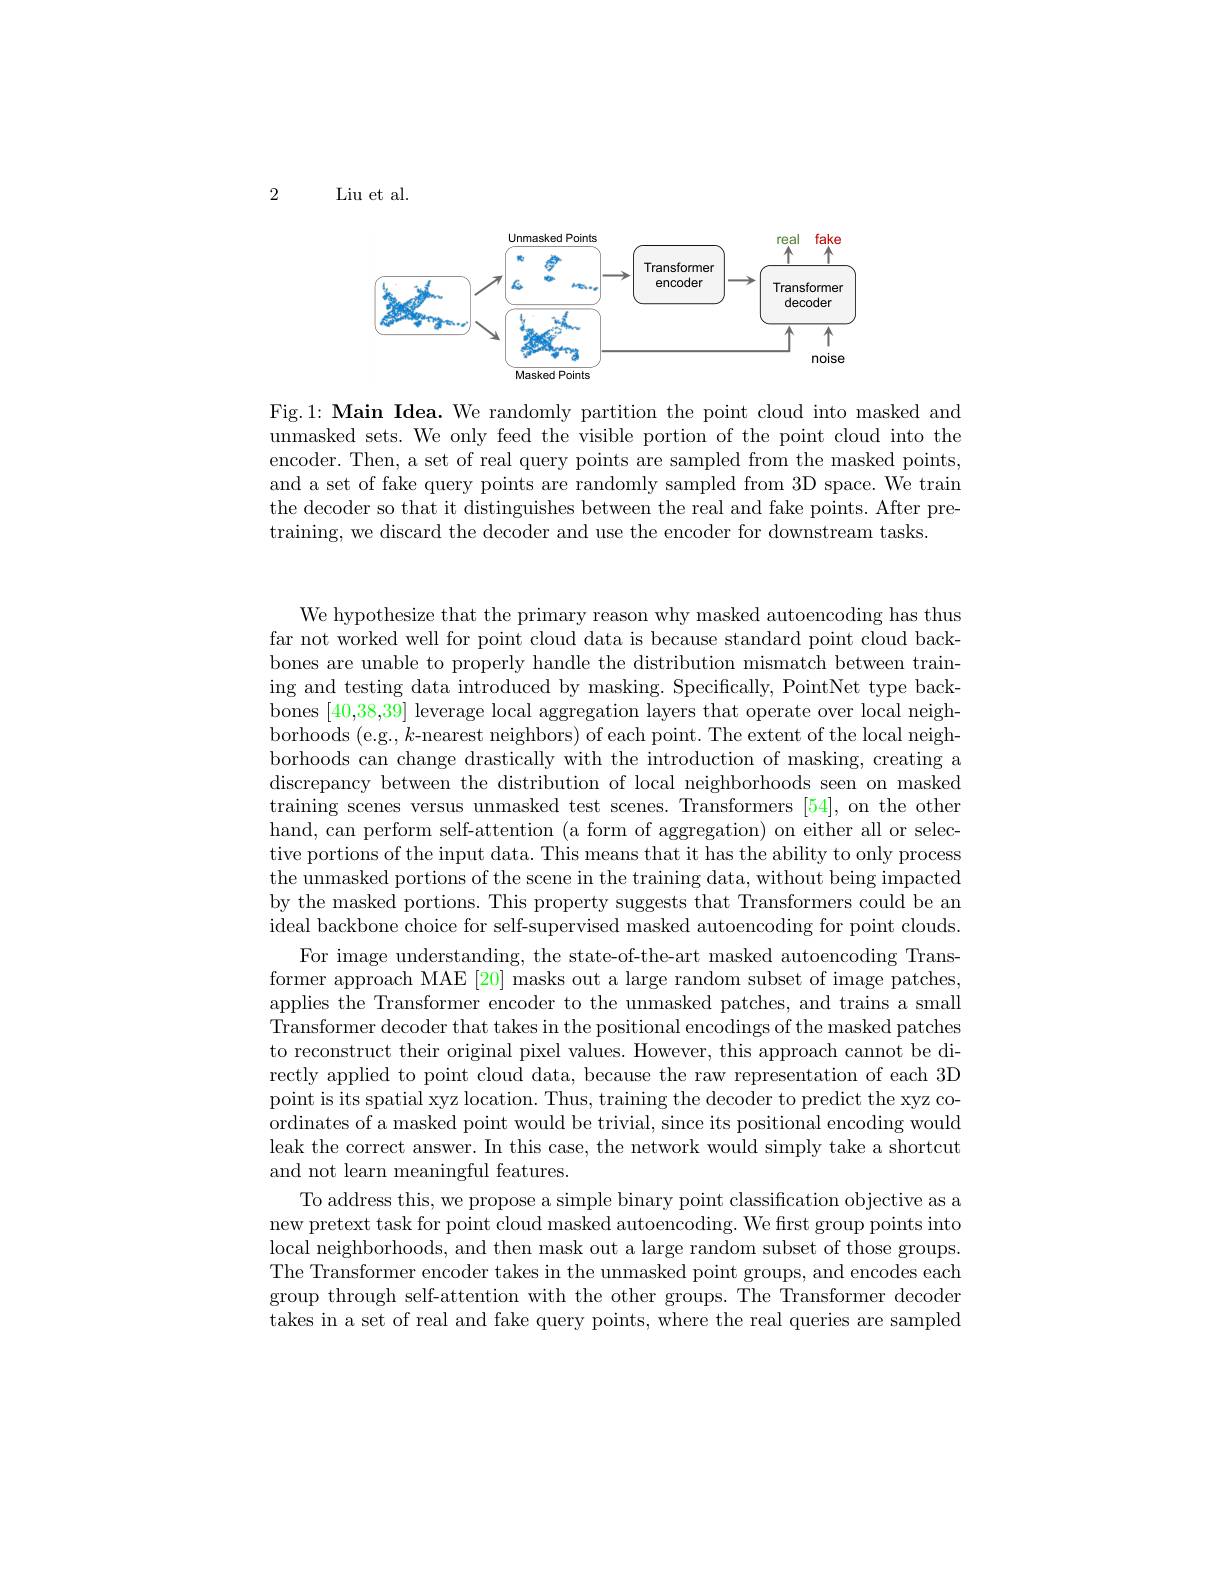
2

Liu et al.

<FigureHere>

Fig.1: Main Idea. We randomly partition the point cloud into masked and unmasked sets. We only feed the visible portion of the point cloud into the encoder. Then, a set of real query points are sampled from the masked points, and a set of fake query points are randomly sampled from 3D space. We train the decoder so that it distinguishes between the real and fake points. After pretraining, we discard the decoder and use the encoder for downstream tasks.

We hypothesize that the primary reason why masked autoencoding has thus far not worked well for point cloud data is because standard point cloud backbones are unable to properly handle the distribution mismatch between training and testing data introduced by masking. Specifically, PointNet type backbones [40,38,39] leverage local aggregation layers that operate over local neighborhoods (e.g., $k$-nearest neighbors) of each point. The extent of the local neighborhoods can change drastically with the introduction of masking, creating a discrepancy between the distribution of local neighborhoods seen on masked training scenes versus unmasked test scenes. Transformers [54], on the other hand, can perform self-attention (a form of aggregation) on either all or selective portions of the input data. This means that it has the ability to only process the unmasked portions of the scene in the training data, without being impacted by the masked portions. This property suggests that Transformers could be an ideal backbone choice for self-supervised masked autoencoding for point clouds.
For image understanding, the state-of-the-art masked autoencoding Transformer approach MAE [20] masks out a large random subset of image patches, applies the Transformer encoder to the unmasked patches, and trains a small Transformer decoder that takes in the positional encodings of the masked patches to reconstruct their original pixel values. However, this approach cannot be directly applied to point cloud data, because the raw representation of each 3D point is its spatial xyz location. Thus, training the decoder to predict the xyz coordinates of a masked point would be trivial, since its positional encoding would leak the correct answer. In this case, the network would simply take a shortcut and not learn meaningful features.
To address this, we propose a simple binary point classification objective as a new pretext task for point cloud masked autoencoding. We frst group points into local neighborhoods, and then mask out a large random subset of those groups. The Transformer encoder takes in the unmasked point groups, and encodes each group through self-attention with the other groups. The Transformer decoder takes in a set of real and fake query points, where the real queries are sampled